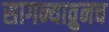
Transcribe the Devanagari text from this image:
सागन्याव्रुनच